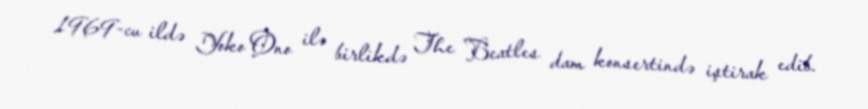
1969-cu ildə Yoko Ono ilə birlikdə The Beatles dam konsertində iştirak edib.